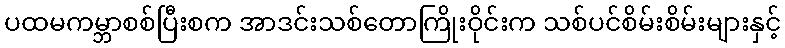
ပထမကမ္ဘာစစ်ပြီးစက အာဒင်းသစ်တောကြိုးဝိုင်းက သစ်ပင်စိမ်းစိမ်းများနှင့်